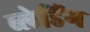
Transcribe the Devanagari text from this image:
ब्लेडिंग